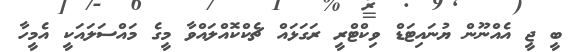
ބީ ޖީ އެއްނޫން ޔުނައިޓަޑް ވިކްޓްރީ ރަގަޅައް ޗެކްކޮއްލައްވާ މީގެ މައްސަލައަކީ އެމީހާ